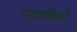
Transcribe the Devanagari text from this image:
महाद्विपों